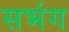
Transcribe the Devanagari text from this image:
सभंग